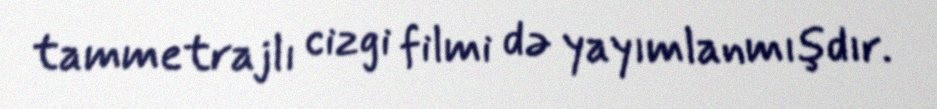
tammetrajlı cizgi filmi də yayımlanmışdır.